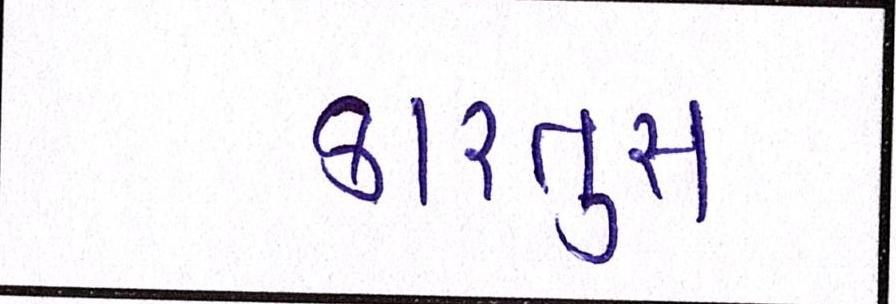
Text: કારતુસ